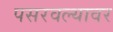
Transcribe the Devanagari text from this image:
पसरवल्यावर